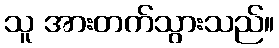
သူ အားတက်သွားသည်။